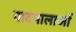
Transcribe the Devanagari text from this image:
पादमालाओं